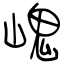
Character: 㟴